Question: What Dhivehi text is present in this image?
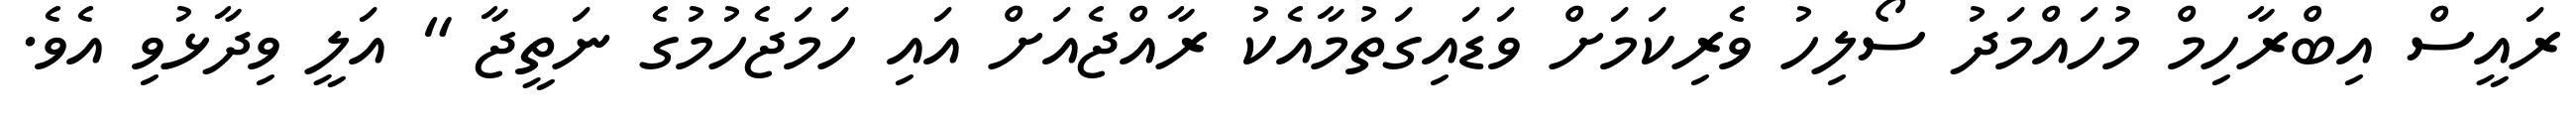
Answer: ރައީސް އިބްރާހިމް މުހައްމަދު ސޯލިހު ވެރިކަމަށް ވަޑައިގަތުމާއެކު ރާއްޖެއަށް އައި ހަމަޖެހުމުގެ ނަތީޖާ " އަލީ ވިދާޅުވި އެވެ.